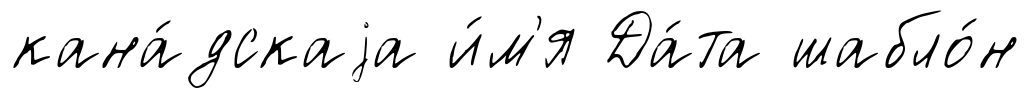
кана́дскаjа и́м'я Да́та шабло́н